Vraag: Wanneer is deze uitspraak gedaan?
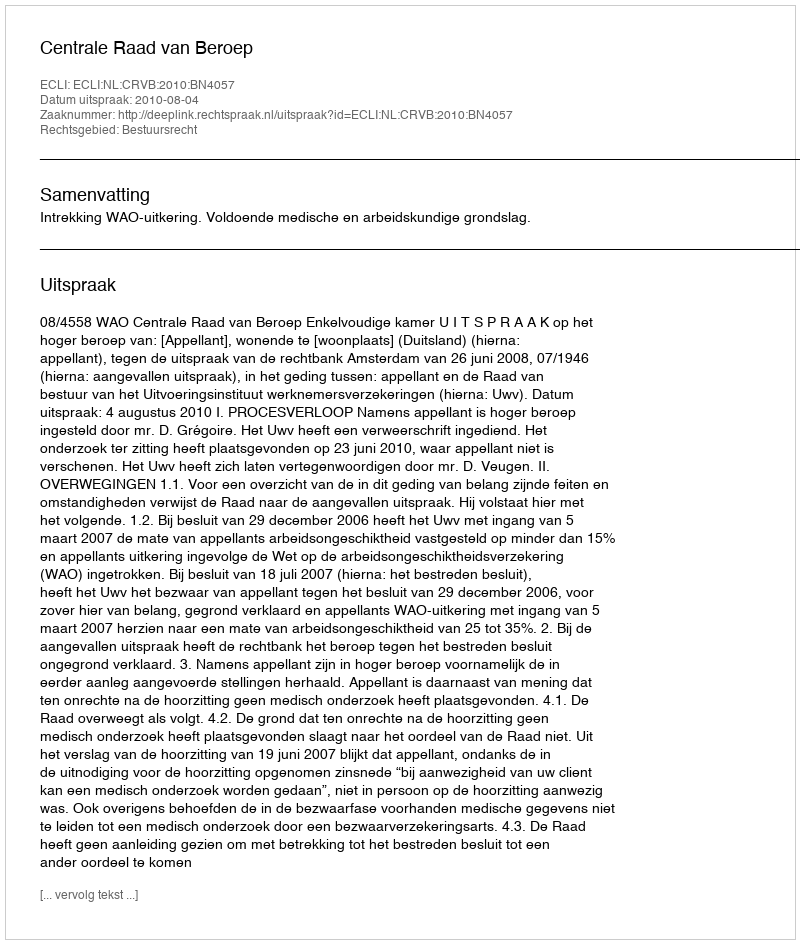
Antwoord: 2010-08-04